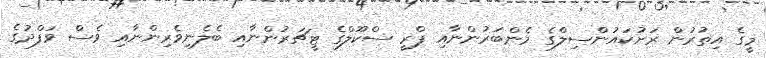
މީގެ އިތުރުން ރަށުކައުންސިލްގެ މެންބަރުންނާއި ޕްރީ ސްކޫލްގެ ޓީޗަރުންނާއި ބެލެނިވެރިންނާއި ވެސް ވަފްދުގެ